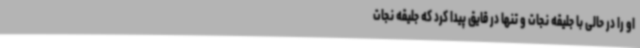
او را در حالی با جلیقه نجات و تنها در قایق پیدا کرد که جلیقه نجات